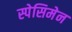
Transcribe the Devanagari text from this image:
स्पेसिमेन